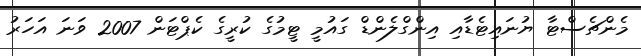
މެންޗެސްޓާ ޔުނައިޓެޑާއި އިންގްލެންޑް ގައުމީ ޓީމުގެ ކުރީގެ ކެޕްޓަން 2007 ވަނަ އަހަރު